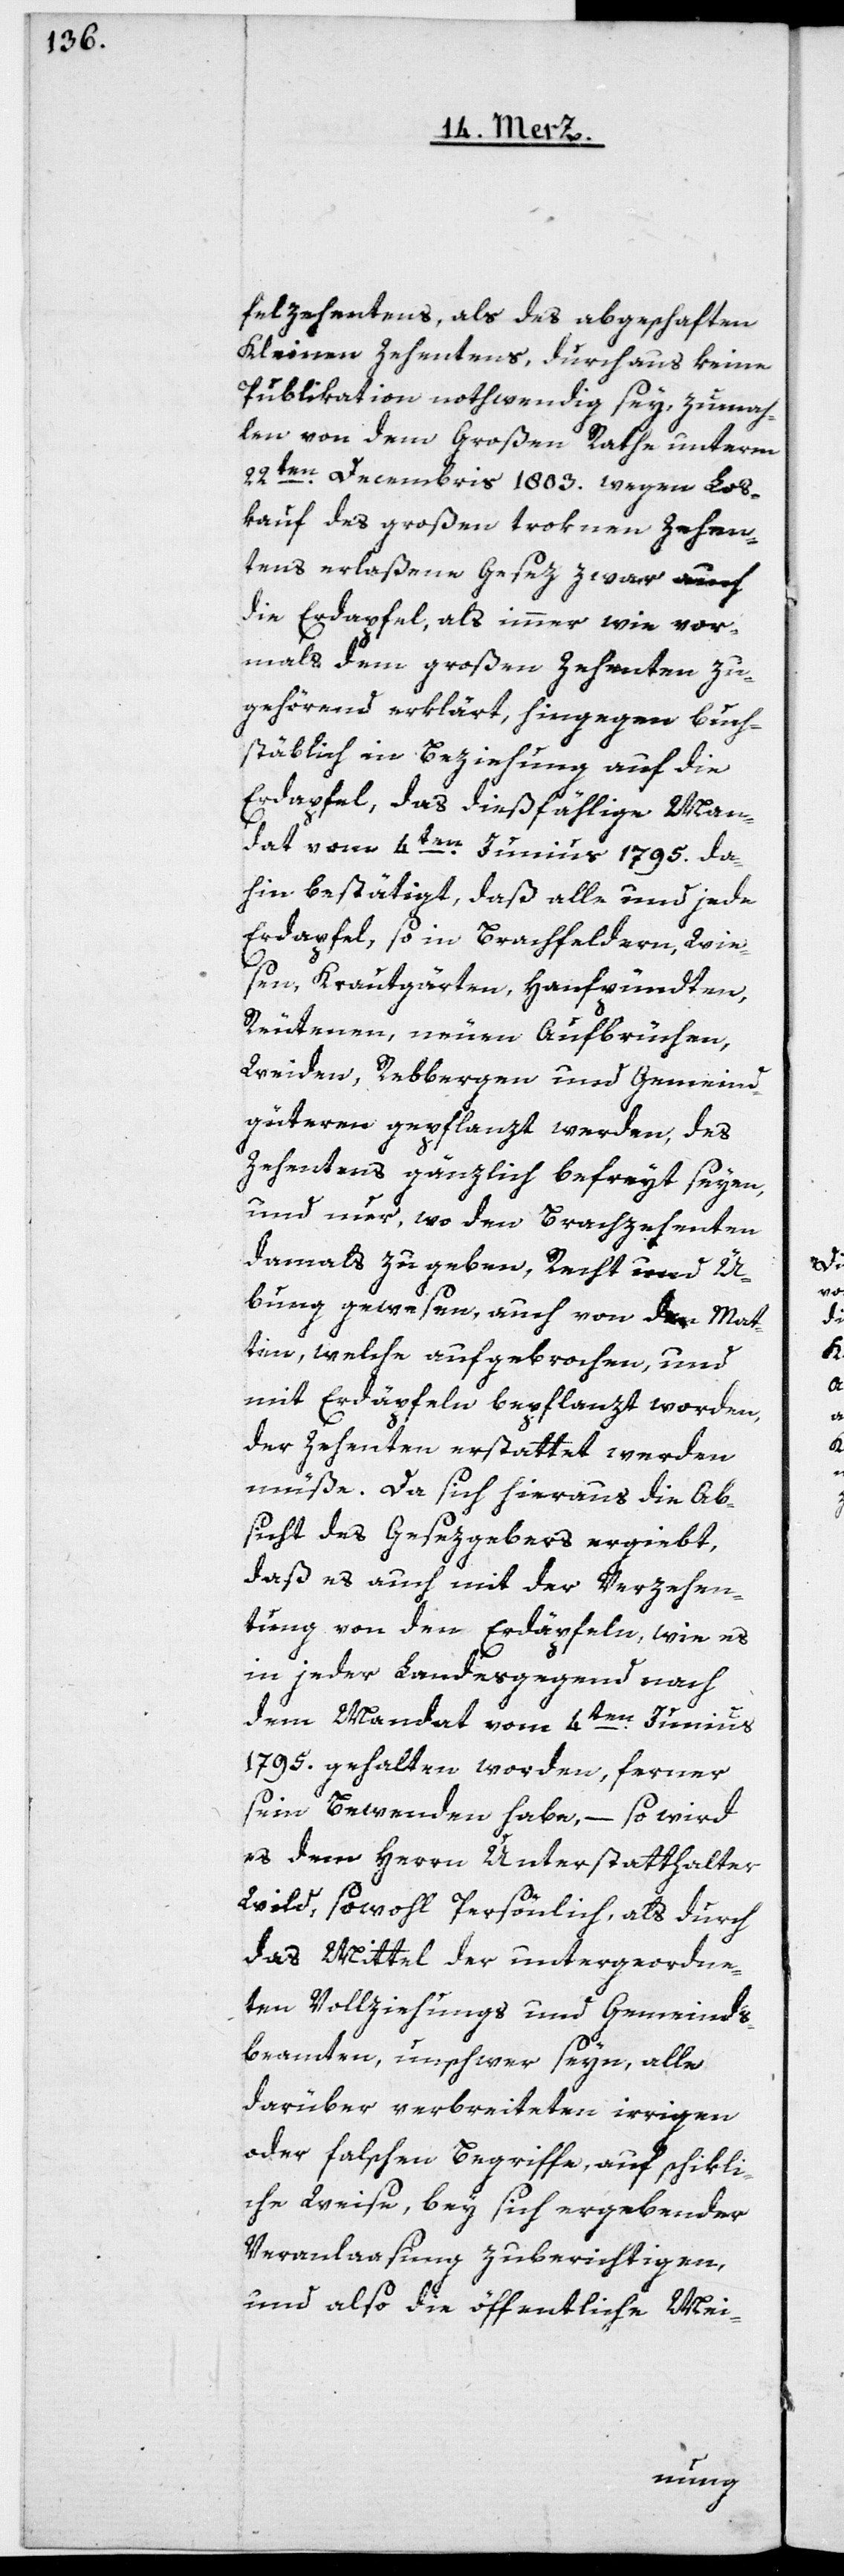
felzehentens, als des abgeschaften
Kleinen Zehentens, durchaus keine
Publikation nothwendig sey, zumah¬
len von dem Großen Rathe unterm
22ten Decembris 1803. wegen Los¬
kauf des großen troknen Zehen¬
tens erlaßene Gesez zwar auch
die Erdapfel, als immer wie vor¬
mals dem großen Zehenten zu¬
gehörend erklärt, hingegen buch¬
stäblich in Beziehung auf die
Erdapfel, das dießfählige Man¬
dat vom 4ten Junius 1795. da¬
hin bestätigt, daß alle und jede
Erdapfel, so in Brachfeldern, Wie¬
sen, Krautgärten, Hanfpündten,
Reutenen, neuen Aufbrüchen,
Weiden, Rebbergen und Gemeind¬
güteren gepflanzt werden, des
Zehentens gänzlich befreyt seyen,
und nur, wo den Brachzehenten
damals zu geben Recht und Ü¬
bung gewesen, auch von den Mat¬
ten, welche aufgebrochen, und
mit Erdäpfeln bepflanzt worden,
der Zehenten erstattet werden
müße. Da sich hieraus die Ab¬
sicht des Gesezgebers ergiebt,
daß es auch mit der Verzehen¬
tung von den Erdäpfeln, wie es
in jeder Landesgegend nach
dem Mandat vom 4ten Junius
1795. gehalten worden, ferner
sein Bewenden habe, – so wird
es dem Herrn Unterstatthalter
Wild, sowohl persönlich, als durch
das Mittel der untergeordne¬
ten Vollziehungs[-] und Gemeinds¬
beamten unschwer seyn, alle
darüber verbreiteten irrigen
oder falschen Begriffe auf schikli¬
che Weise, bey sich ergebender
Veranlaßung zuberichtigen,
und also die öffentliche Mei-